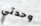
وحدتي